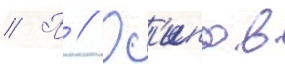
// П // Ос'ипов